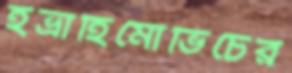
ইভ্রাহিমোভিচের